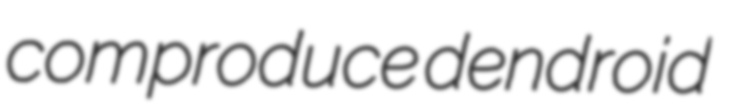
comproduce dendroid